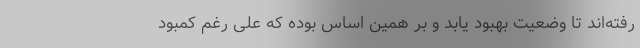
رفته‌اند تا وضعیت بهبود یابد و بر همین اساس بوده که علی رغم کمبود